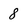
Character: 8